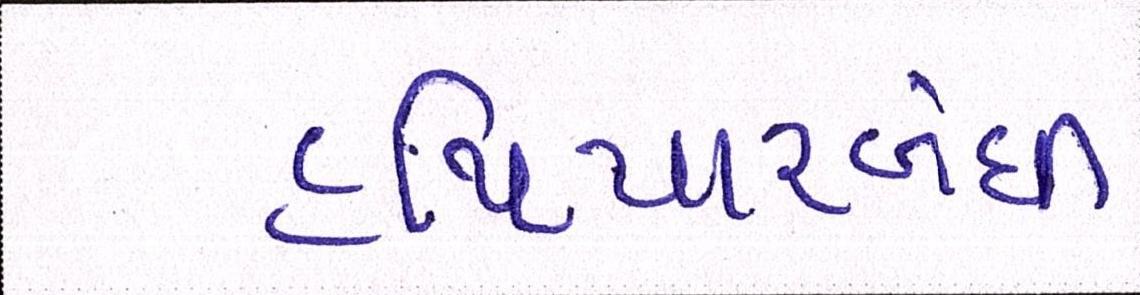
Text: હથિયારબંધી